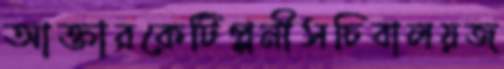
আক্তারকেটিপ্পনীসচিবালয়জ